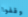
وقفوا